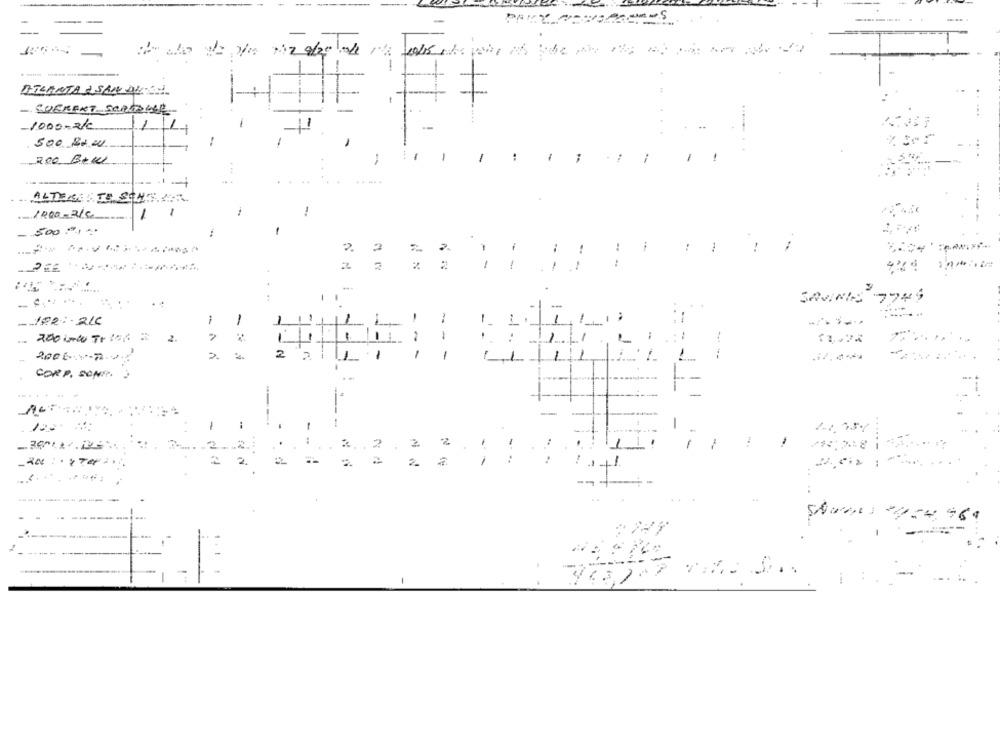
--
--
ATLANTA A SAN DIEGO
11
-SOCKERT SCHLAUER
1000-2/c
500 Bx DU
:
1
....
ALTERARTE SCHE MA
1000-316
1
1
- 500 -,..
2.
2
7
-
2
-
SAVINGS
-.......
----
- 102 :- 210
:
-
1
1
-
2.
-
1
-
-
٠٠
1
-
11.7.
200617 ...
-
1
1
1
1
1
1
-
COMP. SONA )
..
1
-
-
2
١
.2
2
2
-
=
--
7737